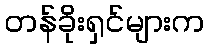
တန်ခိုးရှင်များက